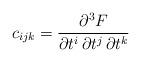
LaTeX: \begin{align*}c_{ijk}=\frac{\partial ^3F}{\partial t^i\,\partial t^j \, \partial t^k}\end{align*}